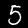
Label: 5